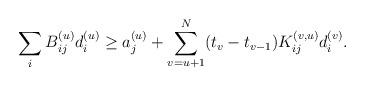
LaTeX: \begin{align*}{}\sum_{i}B_{ij}^{(u)}d_{i}^{(u)}\geq a_{j}^{(u)}+\sum_{v=u+1}^{N}(t_{v}-t_{v-1})K_{ij}^{(v,u)}d_{i}^{(v)}.\end{align*}